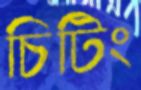
চিটিং